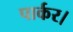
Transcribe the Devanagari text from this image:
पार्कर।